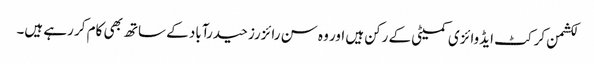
لکشمن کرکٹ ایڈوائزی کمیٹی کے رکن ہیں اور وہ سن رائزرز حیدرآباد کے ساتھ بھی کام کر رہے ہیں۔